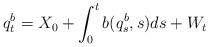
LaTeX: \begin{align*}q^b_t = X_0 + \int_0^t b (q^b_s, s) ds + W_t\end{align*}